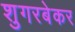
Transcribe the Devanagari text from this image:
शुगरबेकर